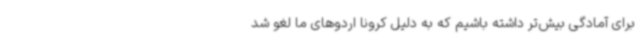
برای آمادگی بیش‌تر داشته باشیم که به دلیل کرونا اردوهای ما لغو شد